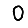
Digit: 0